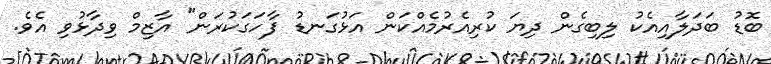
ބޮޑު ބަދަލާއިއެކު ލިބިގެން ދިޔަ ކުރިއެރުމެއްކަން އަޅުގަނޑު ފާހަގަކުރަން" އާޒިމް ވިދާޅުވި އެވެ.